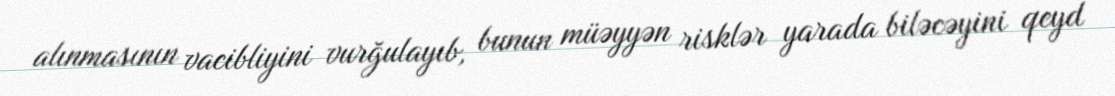
alınmasının vacibliyini vurğulayıb, bunun müəyyən risklər yarada biləcəyini qeyd